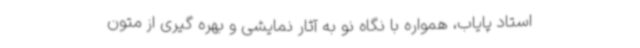
استاد پایاب، همواره با نگاه نو به آثار نمایشی و بهره گیری از متون